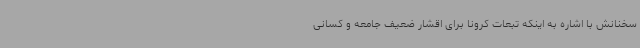
سخنانش با اشاره به اینکه تبعات کرونا برای اقشار ضعیف جامعه و کسانی